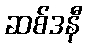
ဆစ်ဒနီ